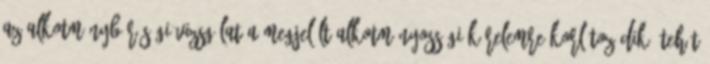
az alkotmánybírósági vizsgálat a megjelölt alkotmányossági kérelemre korlátozódik. Tehát